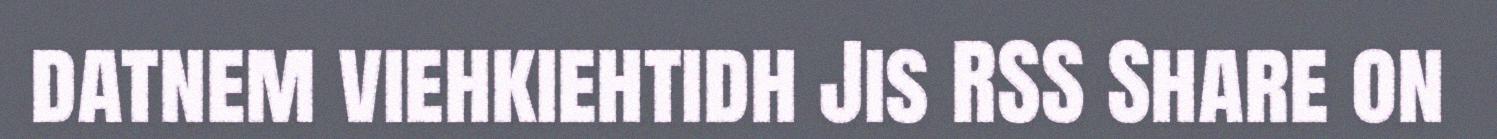
datnem viehkiehtidh Jis RSS Share on